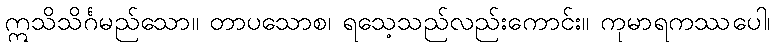
ဣသိသိင်္ဂမည်သော။ တာပသောစ၊ ရသေ့သည်လည်းကောင်း။ ကုမာရကဿပေါ၊